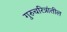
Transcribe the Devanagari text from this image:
गुरुचरित्रांतील